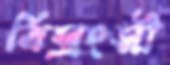
বিস্রংসী